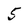
Character: 5